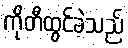
ကိုတီထွင်ခဲ့သည်